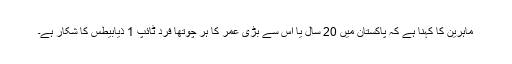
ماہرین کا کہنا ہے کہ پاکستان میں 20 سال یا اس سے بڑی عمر کا ہر چوتھا فرد ٹائپ 1 ذیابیطس کا شکار ہے۔